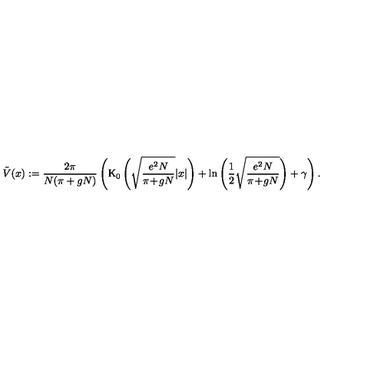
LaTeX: \tilde { V } ( x ) : = \frac { 2 \pi } { N ( \pi + g N ) } \left( \mathrm { K } _ { 0 } \left( \sqrt { \frac { e ^ { 2 } N } { \pi \! + \! g N } } | x | \right) + \ln \left( \frac { 1 } { 2 } \sqrt { \frac { e ^ { 2 } N } { \pi \! + \! g N } } \right) + \gamma \right) .